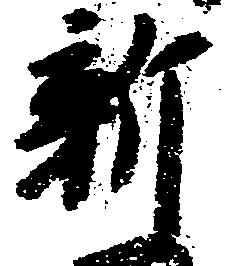
新